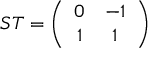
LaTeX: S T = \left( \begin{array} { c c } { { 0 } } & { { - 1 } } \\ { { 1 } } & { { 1 } } \end{array} \right)